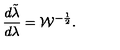
{ \frac { d \tilde { \lambda } } { d \lambda } } = { \cal W } ^ { - { \frac { 1 } { 2 } } } .